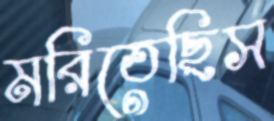
মরিতেছিস